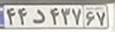
۴۴د۴۳۷۶۷